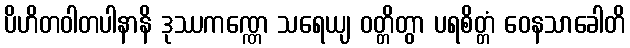
ပိဟိတဝါတပါနာနိ ဒုဿကဏ္ဏေ သရေယျ ဝတ္တိတွာ ပရစိတ္တံ ဝေနသာခေါတိ